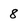
Character: 8